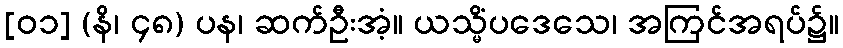
[၀၁] (နိ၊ ၄၈) ပန၊ ဆက်ဦးအံ့။ ယသ္မိံပဒေသေ၊ အကြင်အရပ်၌။